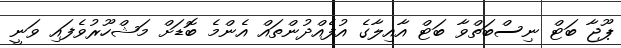
ޕޫޖާ ބަޓް ނިސްބަތްވާ ބަޓް އާއިލާގެ އުފެއްދުންތައް އެންމެ ބޮޑަށް މަޝްހޫރުވެފައި ވަނީ